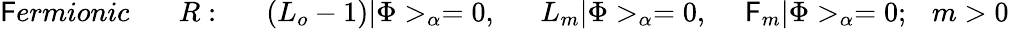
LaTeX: \mathsf{F}ermionic~~~~~~~R:~~~~~~(L_{o}-1)|\Phi>_{\alpha}=0,~~~~~~L_{m}|\Phi>_{\alpha}=0,~~~~~\mathsf{F}_{m}|\Phi>_{\alpha}=0;~~~m>0